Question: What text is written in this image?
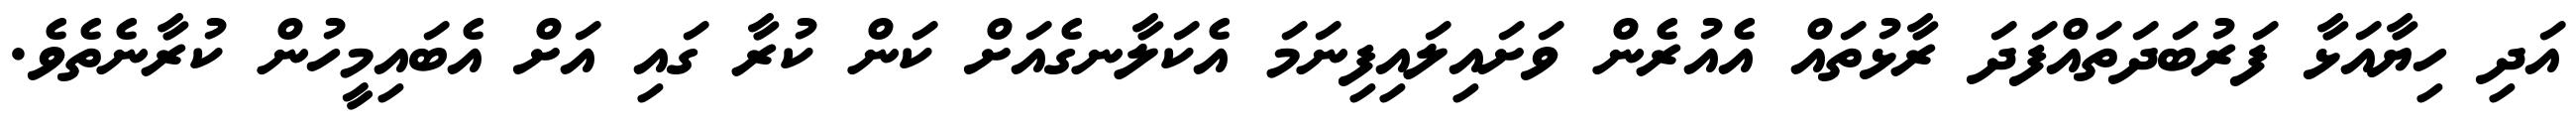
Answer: އަދި ހިޔާއަޅާ ފަރުބަދަތައްފަދަ ރާޅުތައް އެއުރެން ވަށައިލައިފިނަމަ އެކަލާނގެއަށް ކަން ކުރާ ގައި އަށް އެބައިމީހުން ކުރާނެތެވެ.